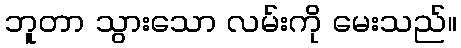
ဘူတာ သွားသော လမ်းကို မေးသည်။